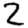
Digit: 2